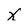
Character: X